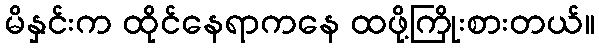
မိနှင်းက ထိုင်နေရာကနေ ထဖို့ကြိုးစားတယ်။